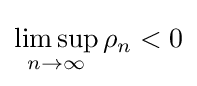
\limsup _{n\to \infty }\rho _{n}<0